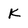
Character: k